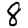
Digit: 8